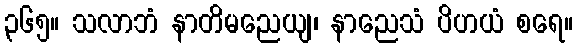
၃၆၅။ သလာဘံ နာတိမညေယျ၊ နာညေသံ ပိဟယံ စရေ။